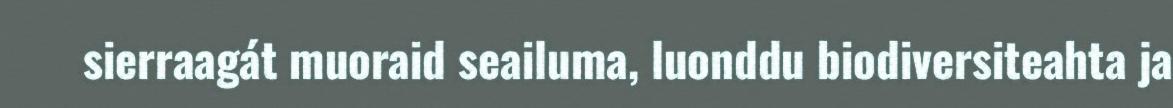
sierraagát muoraid seailuma, luonddu biodiversiteahta ja